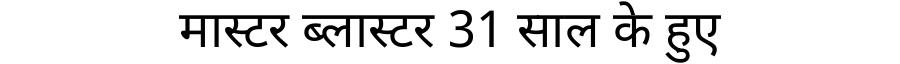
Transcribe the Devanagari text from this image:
मास्टर ब्लास्टर 31 साल के हुए